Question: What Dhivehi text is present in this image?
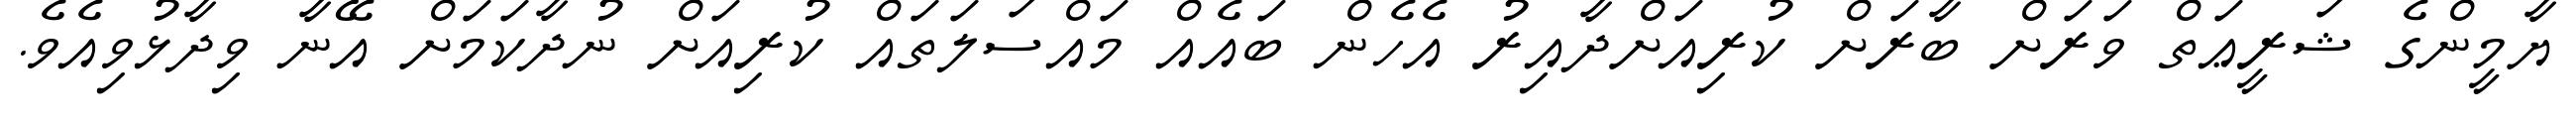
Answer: ޔާމީންގެ ޝަރީޢަތް ވަރަށް ބާރަށް ކުރިއަށްދާއިރު އެހެން ބައެއް މައްސަލަތައް ކުރިއަށް ނުދާކަމަށް އޭނާ ވިދާޅުވިއެވެ.